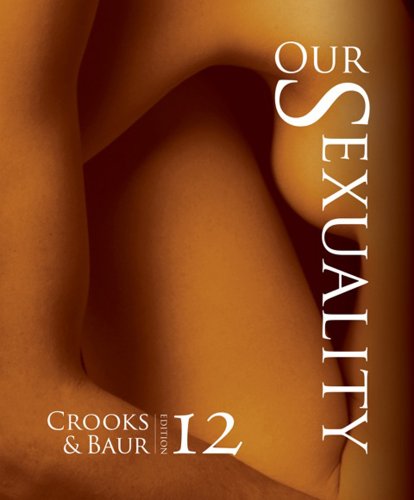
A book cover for Our Sexuality; Robert L. Crooks; Health, Fitness & Dieting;